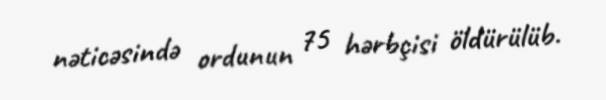
nəticəsində ordunun 75 hərbçisi öldürülüb.